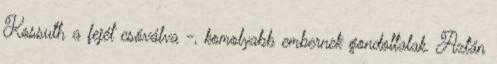
Kossuth a fejét csóválva -, komolyabb embernek gondoltalak. Aztán